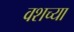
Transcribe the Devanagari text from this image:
वशच्या